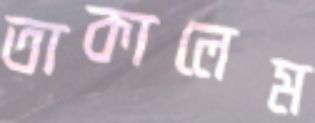
তাকালেম